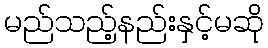
မည်သည့်နည်းနှင့်မဆို